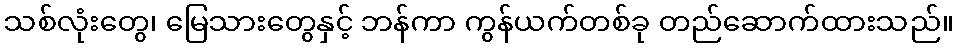
သစ်လုံးတွေ၊ မြေသားတွေနှင့် ဘန်ကာ ကွန်ယက်တစ်ခု တည်ဆောက်ထားသည်။